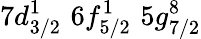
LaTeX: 7d_{3/2}^{1}\, \, 6f_{5/2}^{1}\, \, 5g_{7/2}^{8}